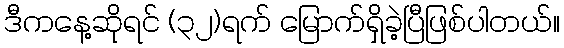
ဒီကနေ့ဆိုရင် (၃၂)ရက် မြောက်ရှိခဲ့ပြီဖြစ်ပါတယ်။